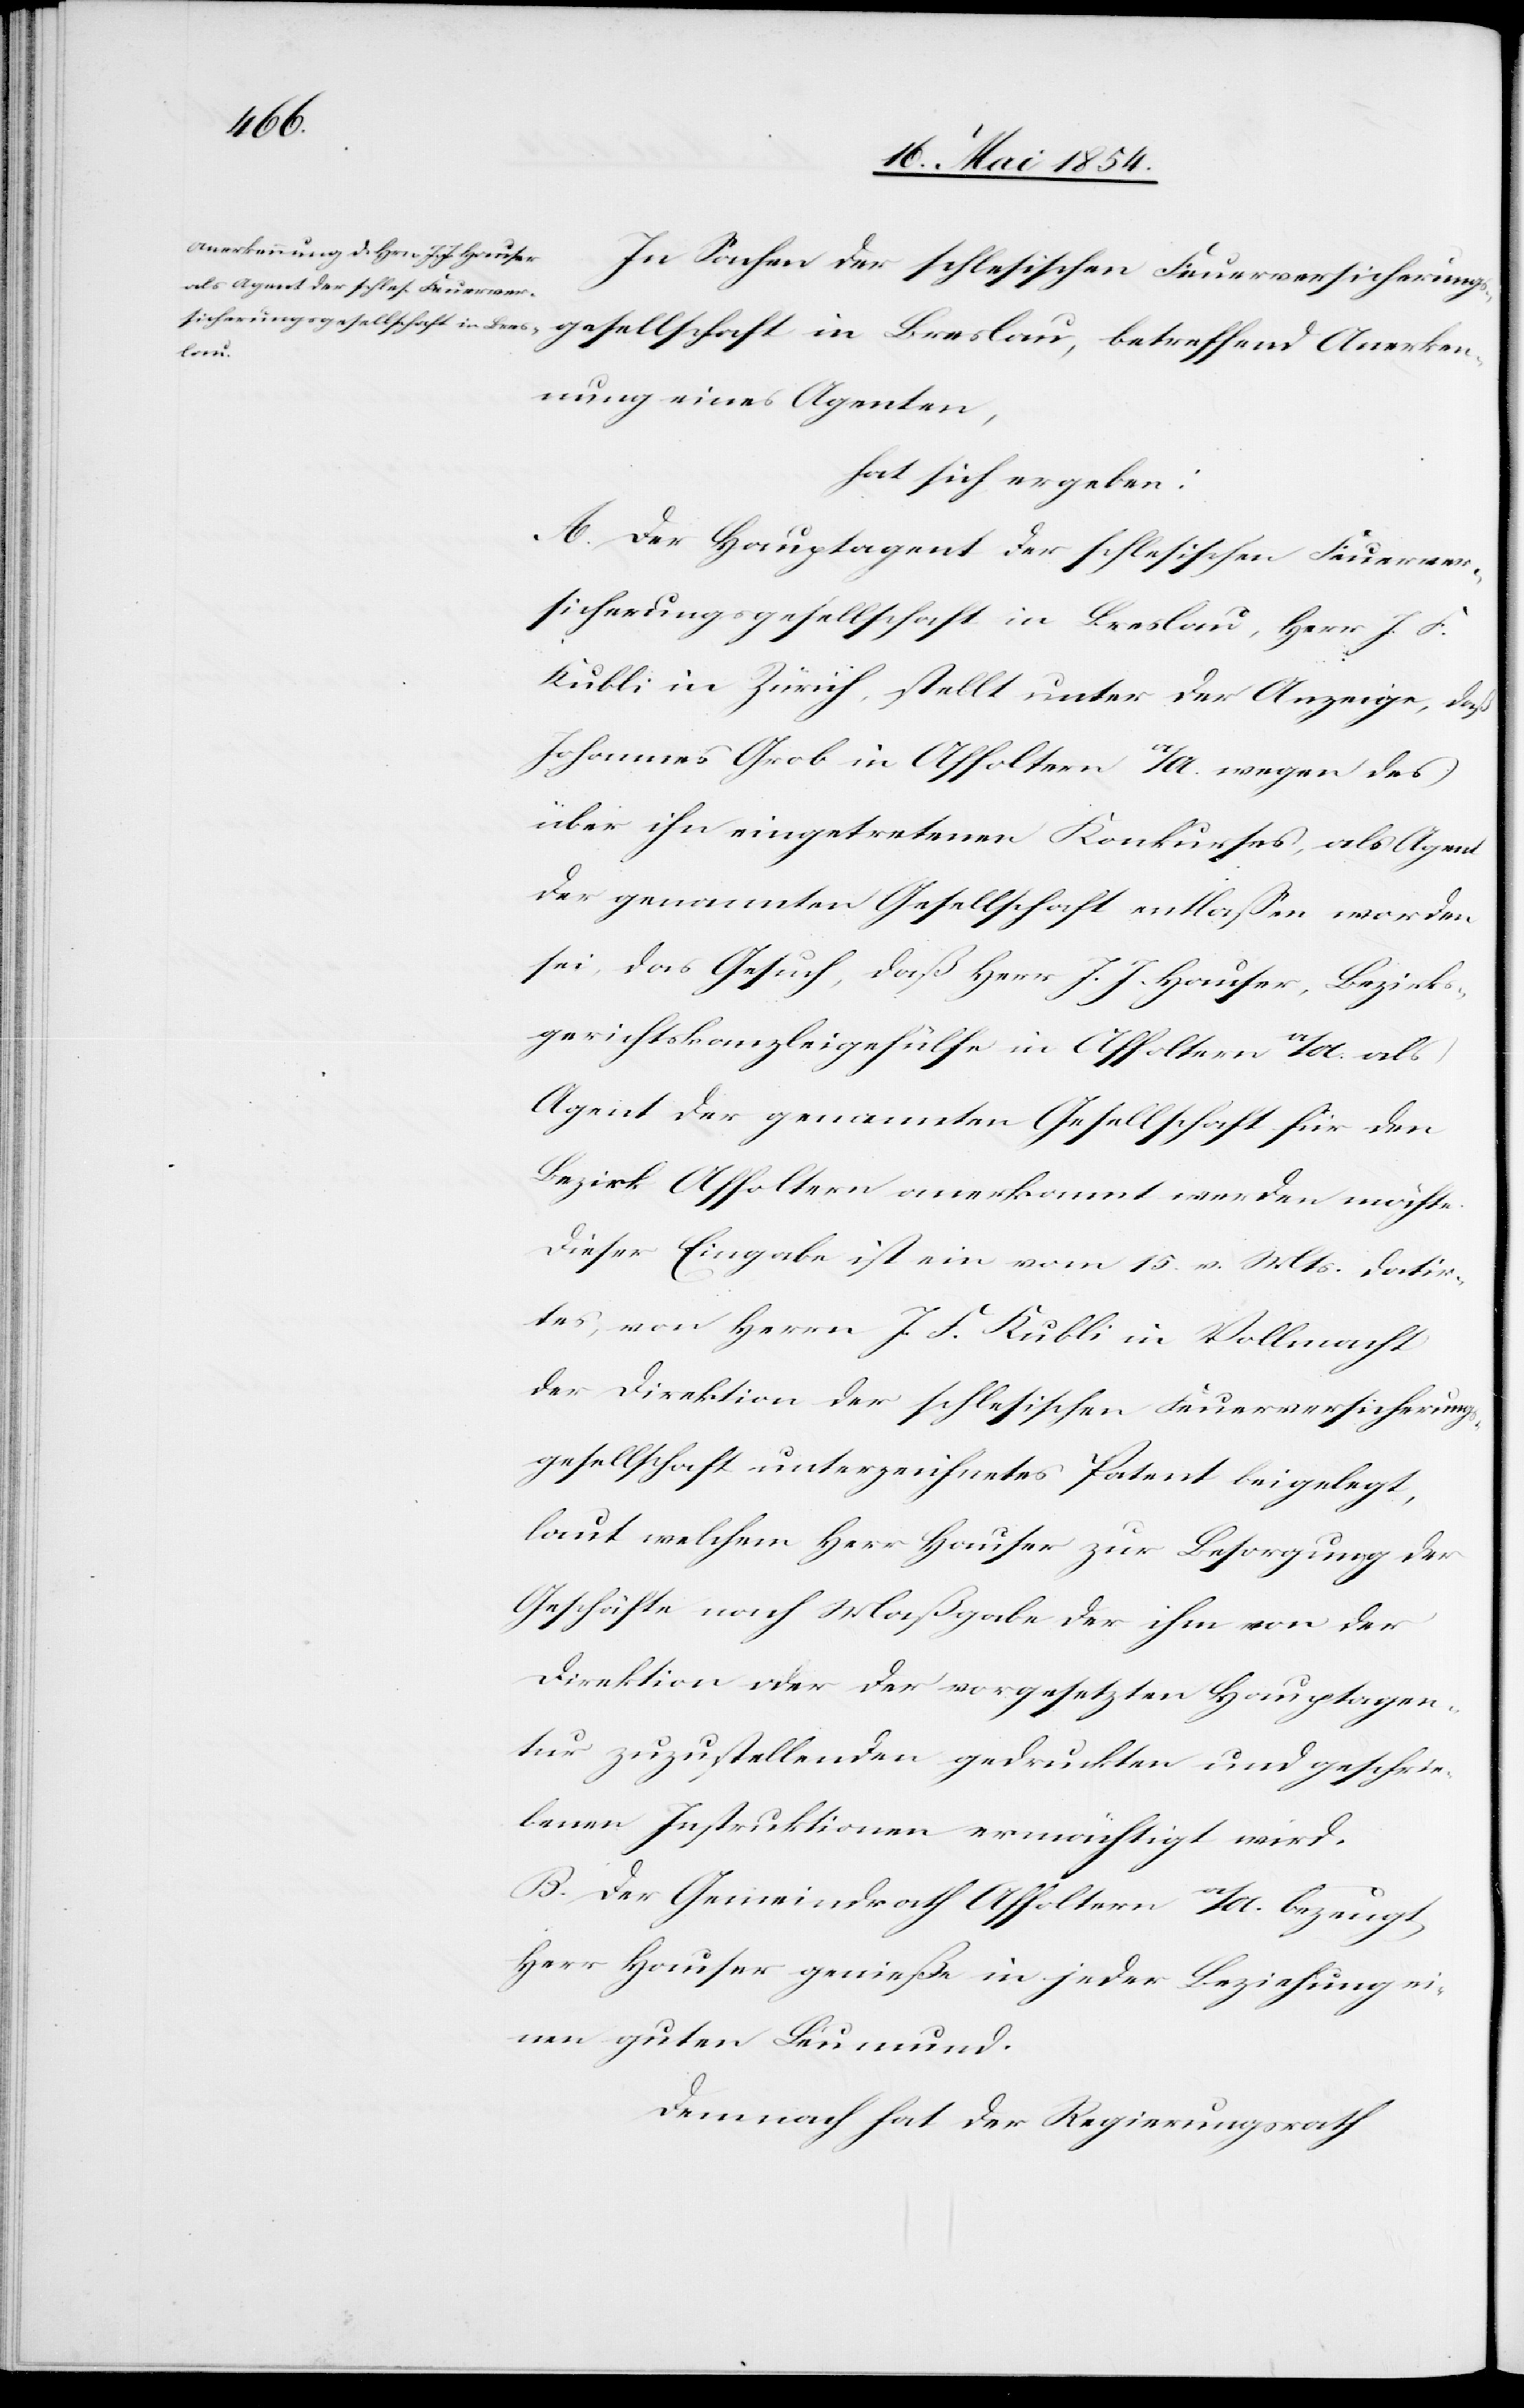
In Sachen der schlesischen Feuerversicherungsg¬
rken¬
nung eines Agenten,
hat sich ergeben:
A. Der Hauptagent der schlesischen Feuerver¬
sicherungsgesellschaft in Breslau, Herr J. F.
Kubli in Zürich, stellt unter der Anzeige, daß
Johannes Grob in Affoltern a/A. wegen des
über ihn eingetretenen Konkurses, als Agent
der genannten Gesellschaft entlaßen worden
sei, das Gesuch, daß Herr J. J. Hauser, Bezirks¬
gerichtskanzleigehülfe in Affoltern a/A. als
Agent der genannten Gesellschaft für den
Bezirk Affoltern anerkannt werden möchte.
Dieser Eingabe ist ein vom 15. vor. Mts. datir¬
tes, von Herrn J. F. Kubli in Vollmacht
der Direktion der schlesischen Feuerversicherungs¬
gesellschaft unterzeichnetes Patent beigelegt,
laut welchem Herr Hauser zur Besorgung der
Geschäfte nach Maßgabe der ihm von der
Direktion oder der vorgesetzten Hauptagen¬
tur zuzustellenden gedruckten und geschrie¬
benen Instruktionen ermächtigt wird.
B. Der Gemeindrath Affoltern a/A. bezeugt,
Herr Hauser genieße in jeder Beziehung ei¬
nen guten Leumund.
Demnach hat der Regierungsrath